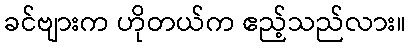
ခင်ဗျားက ဟိုတယ်က ဧည့်သည်လား။